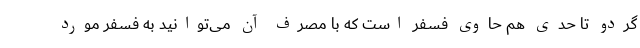
گردو تا حدی هم حاوی فسفر است که با مصرف آن می‌توانید به فسفر مورد